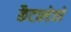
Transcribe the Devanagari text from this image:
कैटालेजों